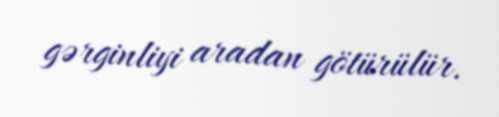
gərginliyi aradan götürülür.